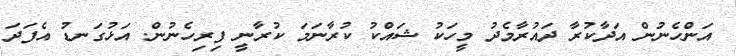
އަންހެނުން އަދާކުރާ ދައުރާމެދު މީހަކު ޝައްކު ކުރާނަމަ ކުރާނީ ފިރިހެނުން. އަޅުގަނޑު އެފަދަ